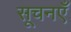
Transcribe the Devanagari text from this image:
सूचनएँ